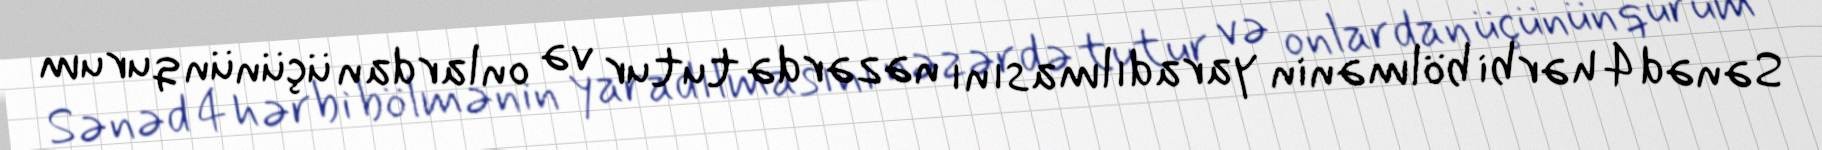
Sənəd 4 hərbi bölmənin yaradılmasını nəzərdə tutur və onlardan üçünün qurum